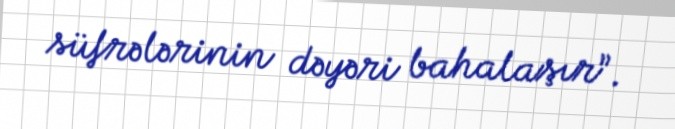
süfrələrinin dəyəri bahalaşır”.